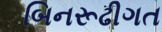
બિનરૂઢીગત